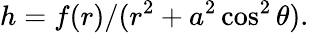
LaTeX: h=f(r)/(r^{2}+a^{2}\cos^{2}\theta).